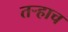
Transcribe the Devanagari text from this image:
तर्‍हाच